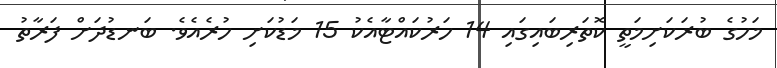
މަހުގެ ބުރަކަށިމަތީ ކޮތަރިބައިގައި 14 ހަރުކައްޓާއެކު 15 މަޑުކަށި ހުރެއެވެ. ބަނޑުދަށް ފަރާތު